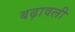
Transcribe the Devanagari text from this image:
बढ़ावली